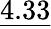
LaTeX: \underline{{4.33}}